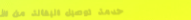
خدمة توصيل البقالة من الأ